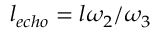
l _ { e c h o } = l \omega _ { 2 } / \omega _ { 3 }